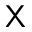
{ \sf X }